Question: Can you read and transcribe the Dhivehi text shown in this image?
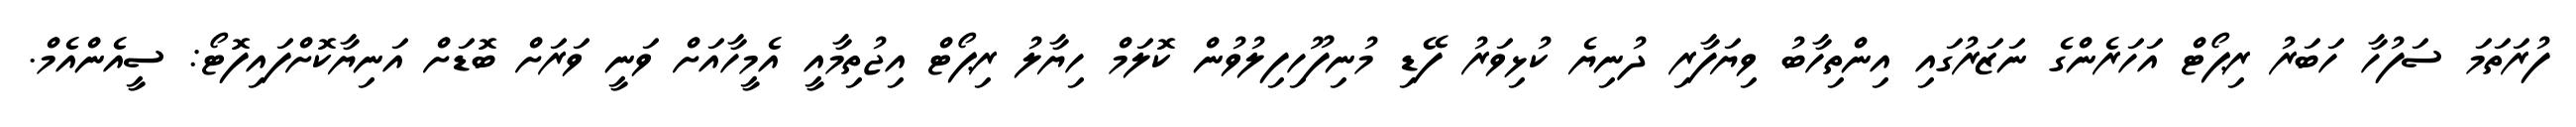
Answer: ފުރަތަމަ ސަފުހާ ހަބަރު ރިޕޯޓް އަހަރެންގެ ނަޒަރުގައި އިންތިހާބު ވިޔަފާރި ދުނިޔެ ކުޅިވަރު ފޭޑި މުނިފޫހިފިލުވުން ކޮލަމް ހިޔާލު ރިޕޯޓް އިޖުތިމާއީ އެމީހާއަށް ވަނީ ވަރަށް ބޮޑަށް އަނިޔާކޮށްފައިފޮޓޯ: ސީއެންއެމް.